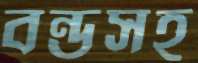
বন্ডসহ